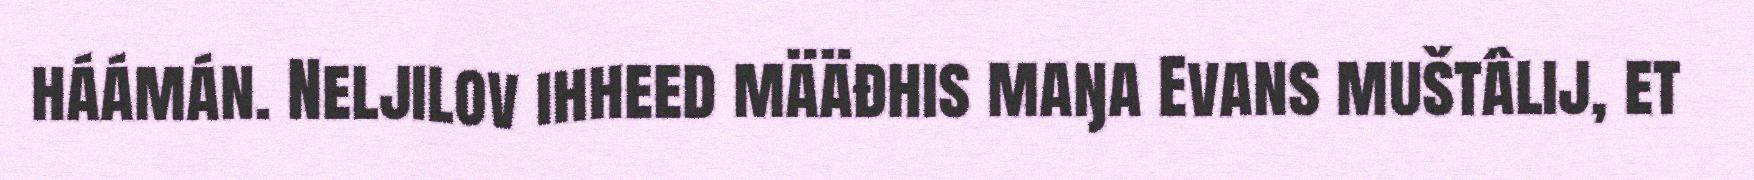
háámán. Neljilov ihheed määđhis maŋa Evans muštâlij, et